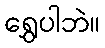
ရွှေပါဘဲ။